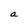
Character: a